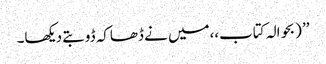
’’ (بحوالہ کتاب،،میں نے ڈھاکہ ڈوبتے دیکھا۔